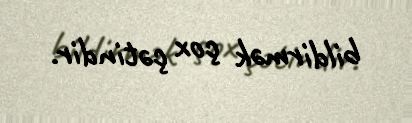
bildirmək çox çətindir.